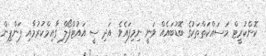
ކޮންކުރީޓް މަސައްކަތްތަކުގެ ބޮޑުބައެއް ވަނީ ނިމިފައެވެ. އަދި ސީ އައުޓްފޯލް ގާއިމްކުރުމާއި ޕަންޕިން